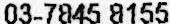
03-7845 8155